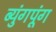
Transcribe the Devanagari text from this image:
ब्युंगपूंग